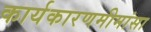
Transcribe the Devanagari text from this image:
कार्यकारणमीमांसा